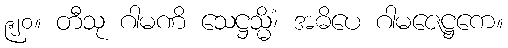
၉၂၀။ တီသု ဂါမဏိ သေဋ္ဌသ္မိံ၊ အဓိပေ ဂါမဇေဋ္ဌကေ။